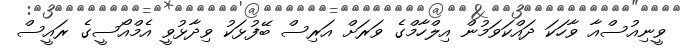
ވީނިއުސްއާ ވާހަކަ ދައްކަވަމުން އިލްހާމްގެ ވަރަށް އަރިސް ބޭފުޅަކު ވިދާޅުވީ އެމްއޯސީގެ ރައީސް